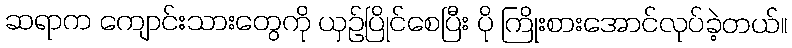
ဆရာက ကျောင်းသားတွေကို ယှဉ်ပြိုင်စေပြီး ပို ကြိုးစားအောင်လုပ်ခဲ့တယ်။